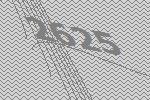
2625